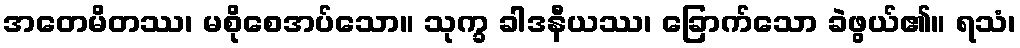
အတေမိတဿ၊ မစိုစေအပ်သော။ သုက္ခ ခါဒနီယဿ၊ ခြောက်သော ခဲဖွယ်၏။ ရသံ၊